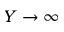
Y \rightarrow \infty